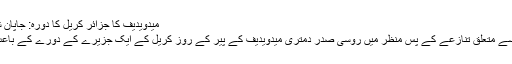
میدویدیف کا جزائر کریل کا دورہ: جاپان شدید ناراض | حالات حاضرہ | DW | 01.11.2010
جاپان کے ساتھ چند ‌خاص سمندری جزائر کی ملکیت سے متعلق تنازعے کے پس منظر میں روسی صدر دمتری میدویدیف کے پیر کے روز کریل کے ایک جزیرے کے دورے کے باعث ٹوکیو اور ماسکو کے مابین نئی کشیدگی پیدا ہو گئی۔